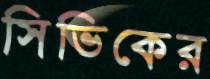
সিভিকের